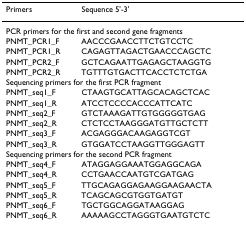
<table><thead><tr><td><b>Primers</b></td><td><b>Sequence 5&#x27;-3&#x27;</b></td></tr></thead><tbody><tr><td colspan="2">PCR primers for the first and second gene fragments</td></tr><tr><td>PNMT_PCR1_F</td><td>AACCCGAACCTTCTGTCCTC</td></tr><tr><td>PNMT_PCR1_R</td><td>CAGAGTTAGACTGAACCCAGCTC</td></tr><tr><td>PNMT_PCR2_F</td><td>GCTCAGAATTGAGAGCTAAGGTG</td></tr><tr><td>PNMT_PCR2_R</td><td>TGTTTGTGACTTCACCTCTCTGA</td></tr><tr><td colspan="2">Sequencing primers for the first PCR fragment</td></tr><tr><td>PNMT_seq1_F</td><td>CTAAGTGCATTAGCACAGCTCAC</td></tr><tr><td>PNMT_seq1_R</td><td>ATCCTCCCCACCCATTCATC</td></tr><tr><td>PNMT_seq2_F</td><td>GTCTAAAGATTGTGGGGGTGAG</td></tr><tr><td>PNMT_seq2_R</td><td>CTCTCCTAAGGGATGTTGCTCTT</td></tr><tr><td>PNMT_seq3_F</td><td>ACGAGGGACAAGAGGTCGT</td></tr><tr><td>PNMT_seq3_R</td><td>GTGGATCCTAAGGTTGGGAGTT</td></tr><tr><td colspan="2">Sequencing primers for the second PCR fragment</td></tr><tr><td>PNMT_seq4_F</td><td>ATAGGAGGAAATGGAGGCAGA</td></tr><tr><td>PNMT_seq4_R</td><td>CCTGAACCAATGTCGATGAG</td></tr><tr><td>PNMT_seq5_F</td><td>TTGCAGAGGAGAAGGAAGAACTA</td></tr><tr><td>PNMT_seq5_R</td><td>TCAGCAGCGTGGTGATGT</td></tr><tr><td>PNMT_seq6_F</td><td>TGCTGGCAGGATAAGGAG</td></tr><tr><td>PNMT_seq6_R</td><td>AAAAAGCCTAGGGTGAATGTCTC</td></tr></tbody></table>